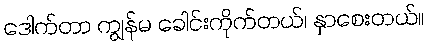
ဒေါက်တာ ကျွန်မ ခေါင်းကိုက်တယ်၊ နှာစေးတယ်။